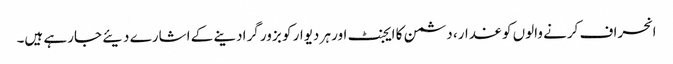
انحراف کرنے والوں کو غدار، دشمن کا ایجنٹ اور ہر دیوار کو بزور گرادینے کے اشارے دیئے جارہے ہیں۔